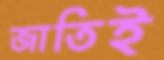
জাতিই